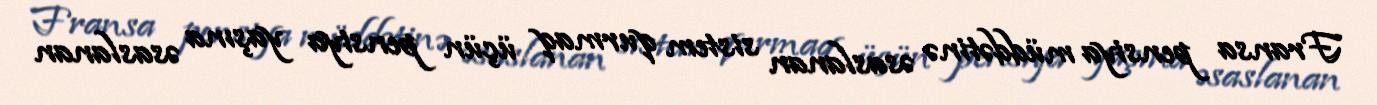
Fransa pensiya müddətinə əsaslanan sistem qurmaq üçün pensiya yaşına əsaslanan